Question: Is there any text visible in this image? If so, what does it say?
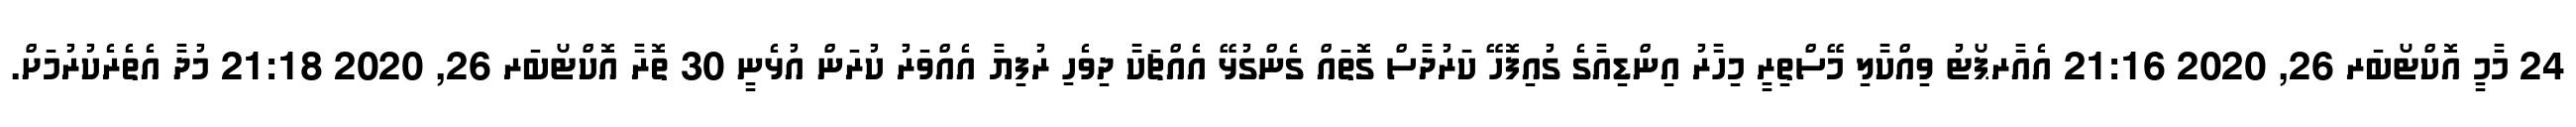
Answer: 24 މާމީ އޮކްޓޯބަރ 26, 2020 21:16 އެއާރޕޯޓު ވިއްކާލި މޭސްތިރީ މިހާރު އިންޑިއާގެ ގުއިފޮހޭ ކަރުދާސް ގޮތައް ގެންގުޅޭ އެއްޗަކާ ދިވެހި ރުފިޔާ އެއްވަރު ކުރަން އުޅެނީ 30 ތޮރާ އޮކްޓޯބަރ 26, 2020 21:18 މުދާ އެތެރެކުރުމަށް.